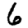
Digit: 6